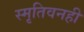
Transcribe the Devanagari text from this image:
स्मृतिवनही